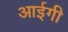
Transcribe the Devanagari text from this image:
आईगी